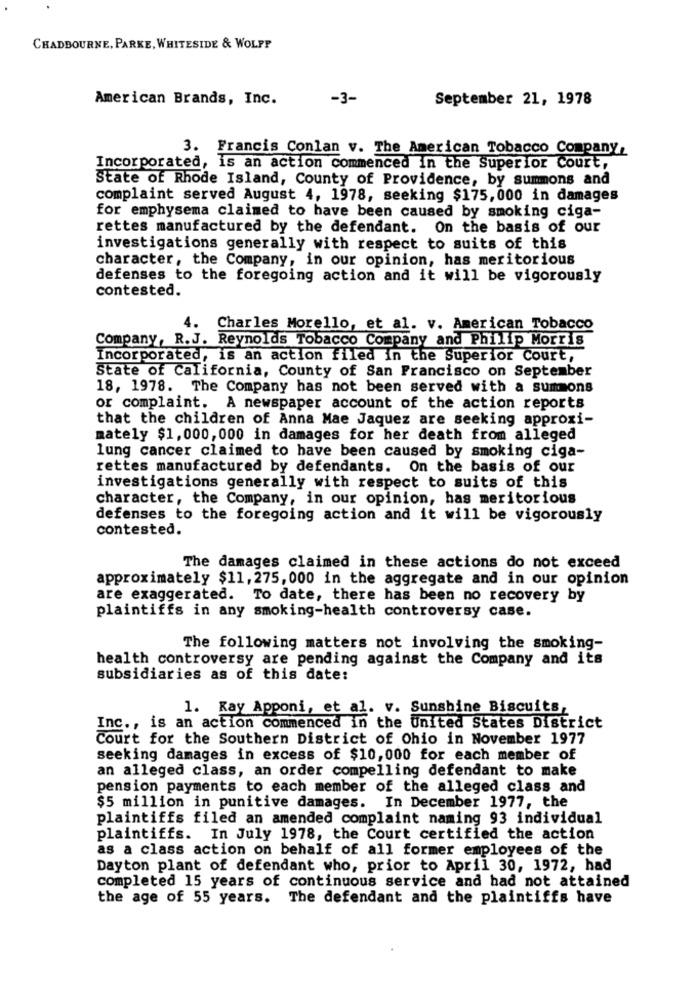
CHADBOURNE, PARKE, WHITESIDE & WOLFF
American Brands, Inc.
-3-
September 21, 1978
3. Francis Conlan v. The American Tobacco Company,
Incorporated, is an action commenced in the Superior Court,
State of Rhode Island, County of Providence, by summons and
complaint served August 4, 1978, seeking $175,000 in damages
for emphysema claimed to have been caused by smoking ciga-
rettes manufactured by the defendant. On the basis of our
investigations generally with respect to suits of this
character, the Company, in our opinion, has meritorious
defenses to the foregoing action and it will be vigorously
contested.
4. Charles Morello, et al. v. American Tobacco
Company, R.J. Reynolds Tobacco Company and Philip Morris
Incorporated, is an action filed in the Superior Court,
State of California, County of San Francisco on September
18, 1978. The Company has not been served with a summons
or complaint. A newspaper account of the action reports
that the children of Anna Mae Jaquez are seeking approxi-
mately $1,000,000 in damages for her death from alleged
lung cancer claimed to have been caused by smoking ciga-
rettes manufactured by defendants. On the basis of our
investigations generally with respect to suits of this
character, the Company, in our opinion, has meritorious
defenses to the foregoing action and it will be vigorously
contested.
The damages claimed in these actions do not exceed
approximately $11, 275, 000 in the aggregate and in our opinion
are exaggerated. To date, there has been no recovery by
plaintiffs in any smoking-health controversy case.
The following matters not involving the smoking-
health controversy are pending against the Company and its
subsidiaries as of this date:
1. Kay Apponi, et al. v. Sunshine Biscuits,
Inc ., is an action commenced in the United States District
Court for the Southern District of Ohio in November 1977
seeking damages in excess of $10,000 for each member of
an alleged class, an order compelling defendant to make
pension payments to each member of the alleged class and
$5 million in punitive damages. In December 1977, the
plaintiffs filed an amended complaint naming 93 individual
plaintiffs. In July 1978, the Court certified the action
as a class action on behalf of all former employees of the
Dayton plant of defendant who, prior to April 30, 1972, had
completed 15 years of continuous service and had not attained
the age of 55 years. The defendant and the plaintiffs have